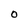
Character: 0